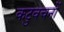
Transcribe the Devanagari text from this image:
कटुवचनों